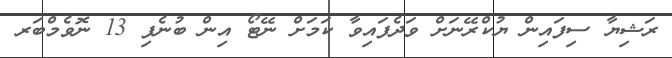
ރަޝިޔާ ސިފައިން ޔުކްރޭނަށް ވަދެފައިވާ ކަމަށް ނޭޓޯ އިން ބުނެފި 13 ނޮވެމްބަރ